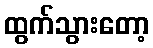
ထွက်သွားတော့